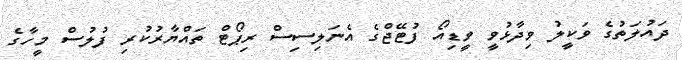
ދައުލަތުގެ ވަކީލު ވިދާޅުވީ ވީޑިއޯ ފުޓޭޖްގެ އެނަލިސިސް ރިޕޯޓް ތައްޔާރުކުރި ފުލުސް މީހާގެ